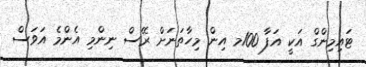
ޓައިމިންގް އަކީ އަފާ 100މ އިން މިހާތަނަށް ރޭސް ނިންމި އެންމެ އަވަސް